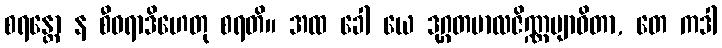
စရန္တော န စီဝရာဒိဟေတု စရတိ။ အထ ခေါ ယေ ဒုဂ္ဂတဗာလဇိဏ္ဏဗျာဓိတာ, တေ ကဒါ